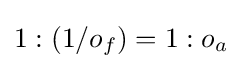
1:(1/o_{f})=1:o_{a}